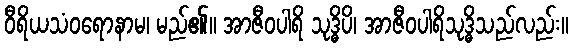
ဝီရိယသံဝရောနာမ၊ မည်၏။ အာဇီဝပါရိ သုဒ္ဓိပိ၊ အာဇီဝပါရိသုဒ္ဓိသည်လည်း။